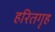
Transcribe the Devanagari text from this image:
हरितगृह